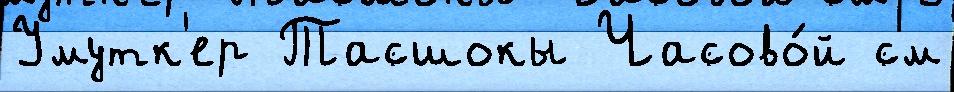
Умутк'ер Тасшокы Часово́й см